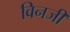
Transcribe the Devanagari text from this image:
विनजी